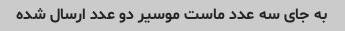
به جای سه عدد ماست موسیر دو عدد ارسال شده